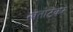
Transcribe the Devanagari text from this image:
स्त्रेतोटेंकर